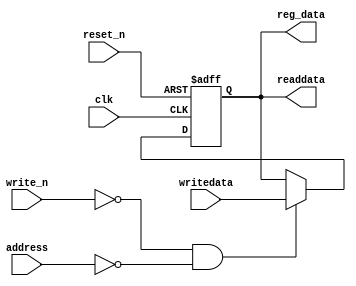
module RegMask 
	#(
		parameter B = 32
	)
	(
		input wire clk,
		input wire reset_n,
		input wire write_n,
		input wire address,
		input wire[B-1:0] writedata,
		output wire[B-1:0] readdata,
		
		output wire[B-1:0] reg_data
	);

	reg[B-1:0] regmask;
	
always @(posedge clk or negedge reset_n)
begin
	if(reset_n == 0) 
		regmask <= 0;
	else if(~write_n && address == 0)
		regmask <= writedata;
end

assign readdata = regmask;
assign reg_data = readdata;

endmodule